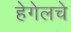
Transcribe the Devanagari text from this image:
हेगेलचे